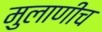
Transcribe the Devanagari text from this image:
मुलाणीच